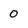
Character: 0